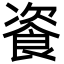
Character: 餈